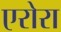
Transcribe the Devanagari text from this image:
एरोरा